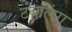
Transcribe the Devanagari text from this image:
टंबलिंग